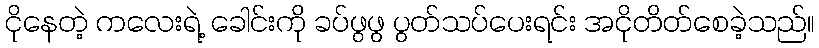
ငိုနေတဲ့ ကလေးရဲ့ ခေါင်းကို ခပ်ဖွဖွ ပွတ်သပ်ပေးရင်း အငိုတိတ်စေခဲ့သည်။